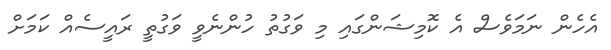
އެހެން ނަމަވެސް އެ ކޮމިޝަންގައި މި ވަގުތު ހުންނެވީ ވަގުތީ ރައީސެއް ކަމަށް